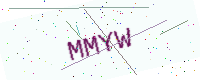
Text: MMYW